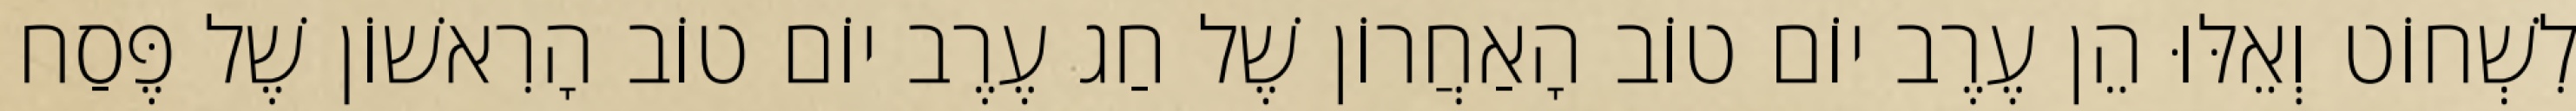
לִשְׁחוֹט וְאֵלּוּ הֵן עֶרֶב יוֹם טוֹב הָאַחֲרוֹן שֶׁל חַג עֶרֶב יוֹם טוֹב הָרִאשׁוֹן שֶׁל פֶּסַח